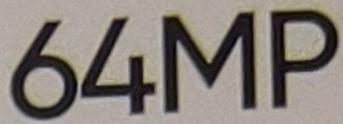
64MP